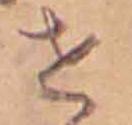
せ